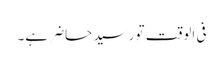
فی الوقت تو رسید حاضر ہے۔